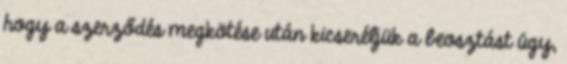
hogy a szerződés megkötése után kicseréljük a beosztást úgy,